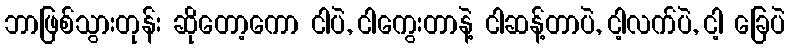
ဘာဖြစ်သွားတုန်း ဆိုတော့ကော ငါပဲ, ငါကွေးတာနဲ့ ငါဆန့်တာပဲ, ငါ့လက်ပဲ, ငါ့ ခြေပဲ